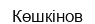
Көшкінов